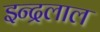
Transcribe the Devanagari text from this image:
इन्द्रलाल